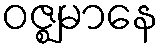
ဝဇ္ဈမာနေ